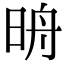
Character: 𣆔